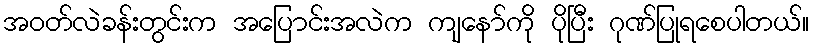
အဝတ်လဲခန်းတွင်းက အပြောင်းအလဲက ကျနော်ကို ပိုပြီး ဂုဏ်ပြုရစေပါတယ်။